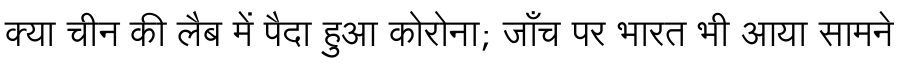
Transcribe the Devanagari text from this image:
क्या चीन की लैब में पैदा हुआ कोरोना; जाँच पर भारत भी आया सामने